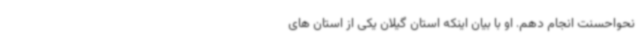
نحواحسنت انجام دهم. او با بیان اینکه استان گیلان یکی از استان های